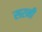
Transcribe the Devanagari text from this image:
सरनी